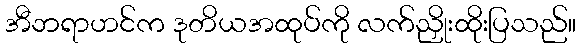
အီဘရာဟင်က ဒုတိယအထုပ်ကို လက်ညှိုးထိုးပြသည်။